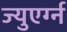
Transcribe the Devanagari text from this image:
ज्युएर्ग्न